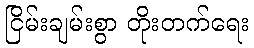
ငြိမ်းချမ်းစွာ တိုးတက်ရေး